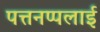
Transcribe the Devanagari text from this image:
पत्तनप्पलाई